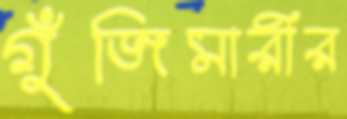
গুঁজিমারীর